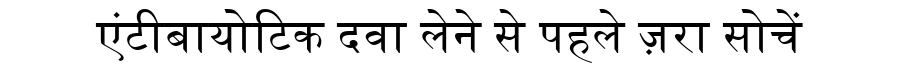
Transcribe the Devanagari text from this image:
एंटीबायोटिक दवा लेने से पहले ज़रा सोचें